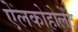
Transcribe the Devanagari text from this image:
ऐलकोहोलेंट